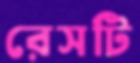
রেসটি